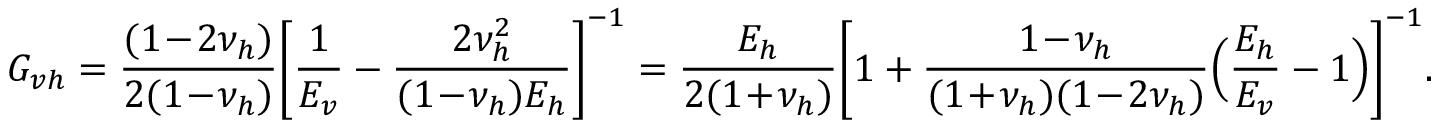
G _ { v h } = \frac { ( 1 \! - \! 2 \nu _ { h } ) } { 2 ( 1 \! - \! \nu _ { h } ) } \biggl [ \frac { 1 } { E _ { v } } - \frac { 2 \nu _ { h } ^ { 2 } } { ( 1 \! - \! \nu _ { h } ) E _ { h } } \biggr ] ^ { - 1 } = \frac { E _ { h } } { 2 ( 1 \! + \! \nu _ { h } ) } \biggl [ 1 + \frac { 1 \! - \! \nu _ { h } } { ( 1 \! + \! \nu _ { h } ) ( 1 \! - \! 2 \nu _ { h } ) } \Bigl ( \frac { E _ { h } } { E _ { v } } - 1 \Bigr ) \biggr ] ^ { - 1 } .